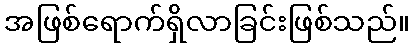
အဖြစ်ရောက်ရှိလာခြင်းဖြစ်သည်။